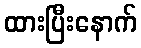
ထားပြီးနောက်